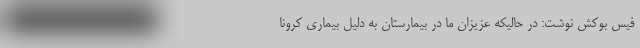
فیس بوکش نوشت: در حالیکه عزیزان ما در بیمارستان به دلیل بیماری کرونا